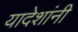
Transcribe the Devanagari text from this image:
यादेशांनी